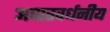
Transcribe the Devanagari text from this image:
अघातवर्धनीय